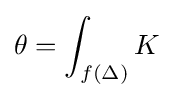
\theta =\int _{f(\Delta )}K